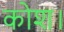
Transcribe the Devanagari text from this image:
कोश।